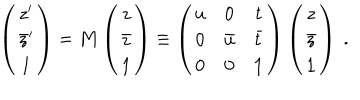
\left( \begin{array} { c } { { z ^ { \prime } } } \\ { { \bar { z } ^ { \prime } } } \\ { { \bf 1 } } \\ \end{array} \right) = { \bf M } \left( \begin{array} { c } { { z } } \\ { { \bar { z } } } \\ { { \bf 1 } } \\ \end{array} \right) \equiv \left( \begin{array} { c c c } { { u } } & { { 0 } } & { { t } } \\ { { 0 } } & { { \bar { u } } } & { { \bar { t } } } \\ { { 0 } } & { { 0 } } & { { { \bf 1 } } } \\ \end{array} \right) \left( \begin{array} { c } { { z } } \\ { { \bar { z } } } \\ { { \bf 1 } } \\ \end{array} \right) \ .